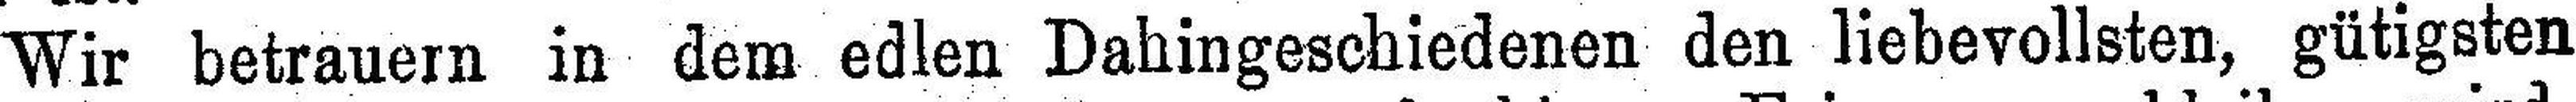
Wir betrauern in dem edlen Dahingeschiedenen den liebevollsten, gütigsten